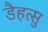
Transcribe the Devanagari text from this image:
डैहत्सु